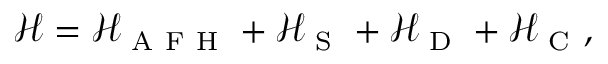
\mathcal { H } = \mathcal { H } _ { \mathrm { ~ A ~ F ~ H ~ } } + \mathcal { H } _ { \mathrm { ~ S ~ } } + \mathcal { H } _ { \mathrm { ~ D ~ } } + \mathcal { H } _ { \mathrm { ~ C ~ } } ,